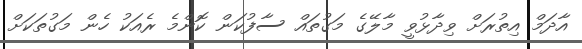
އާދަމް އިތުރަށް ވިދާޅުވީ މާލޭގެ މަގުތައް ސާފުކަން ކޮންމެ ރެއަކު ހެން މަގުތަކަށް